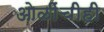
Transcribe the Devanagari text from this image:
ओळींचीही